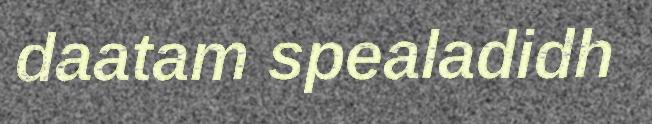
daatam spealadidh